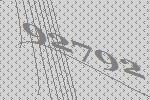
92792